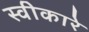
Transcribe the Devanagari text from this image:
स्‍वीकारे